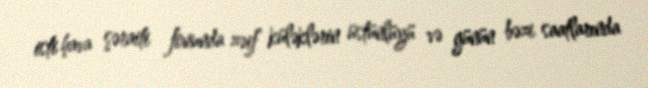
isti hava şəraiti fonunda zəif küləklərin üstünlüyü və günün bəzi saatlarında